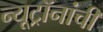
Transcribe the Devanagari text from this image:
न्यूट्रॉनांची